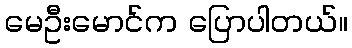
မေဦးမောင်က ပြောပါတယ်။